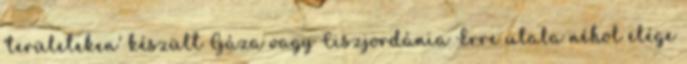
'területeken' készült Gáza vagy Ciszjordánia Erre utala néhol elége